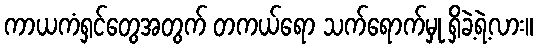
ကာယကံရှင်တွေအတွက် တကယ်ရော သက်ရောက်မှု ရှိခဲ့ရဲ့လား။